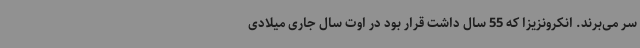
سر می‌برند. انکرونزیزا که 55 سال داشت قرار بود در اوت سال جاری میلادی